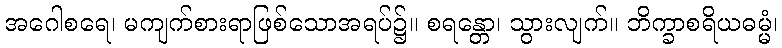
အဂေါစရေ၊ မကျက်စားရာဖြစ်သောအရပ်၌။ စရန္တော၊ သွားလျက်။ ဘိက္ခာစရိယဓမ္မံ၊